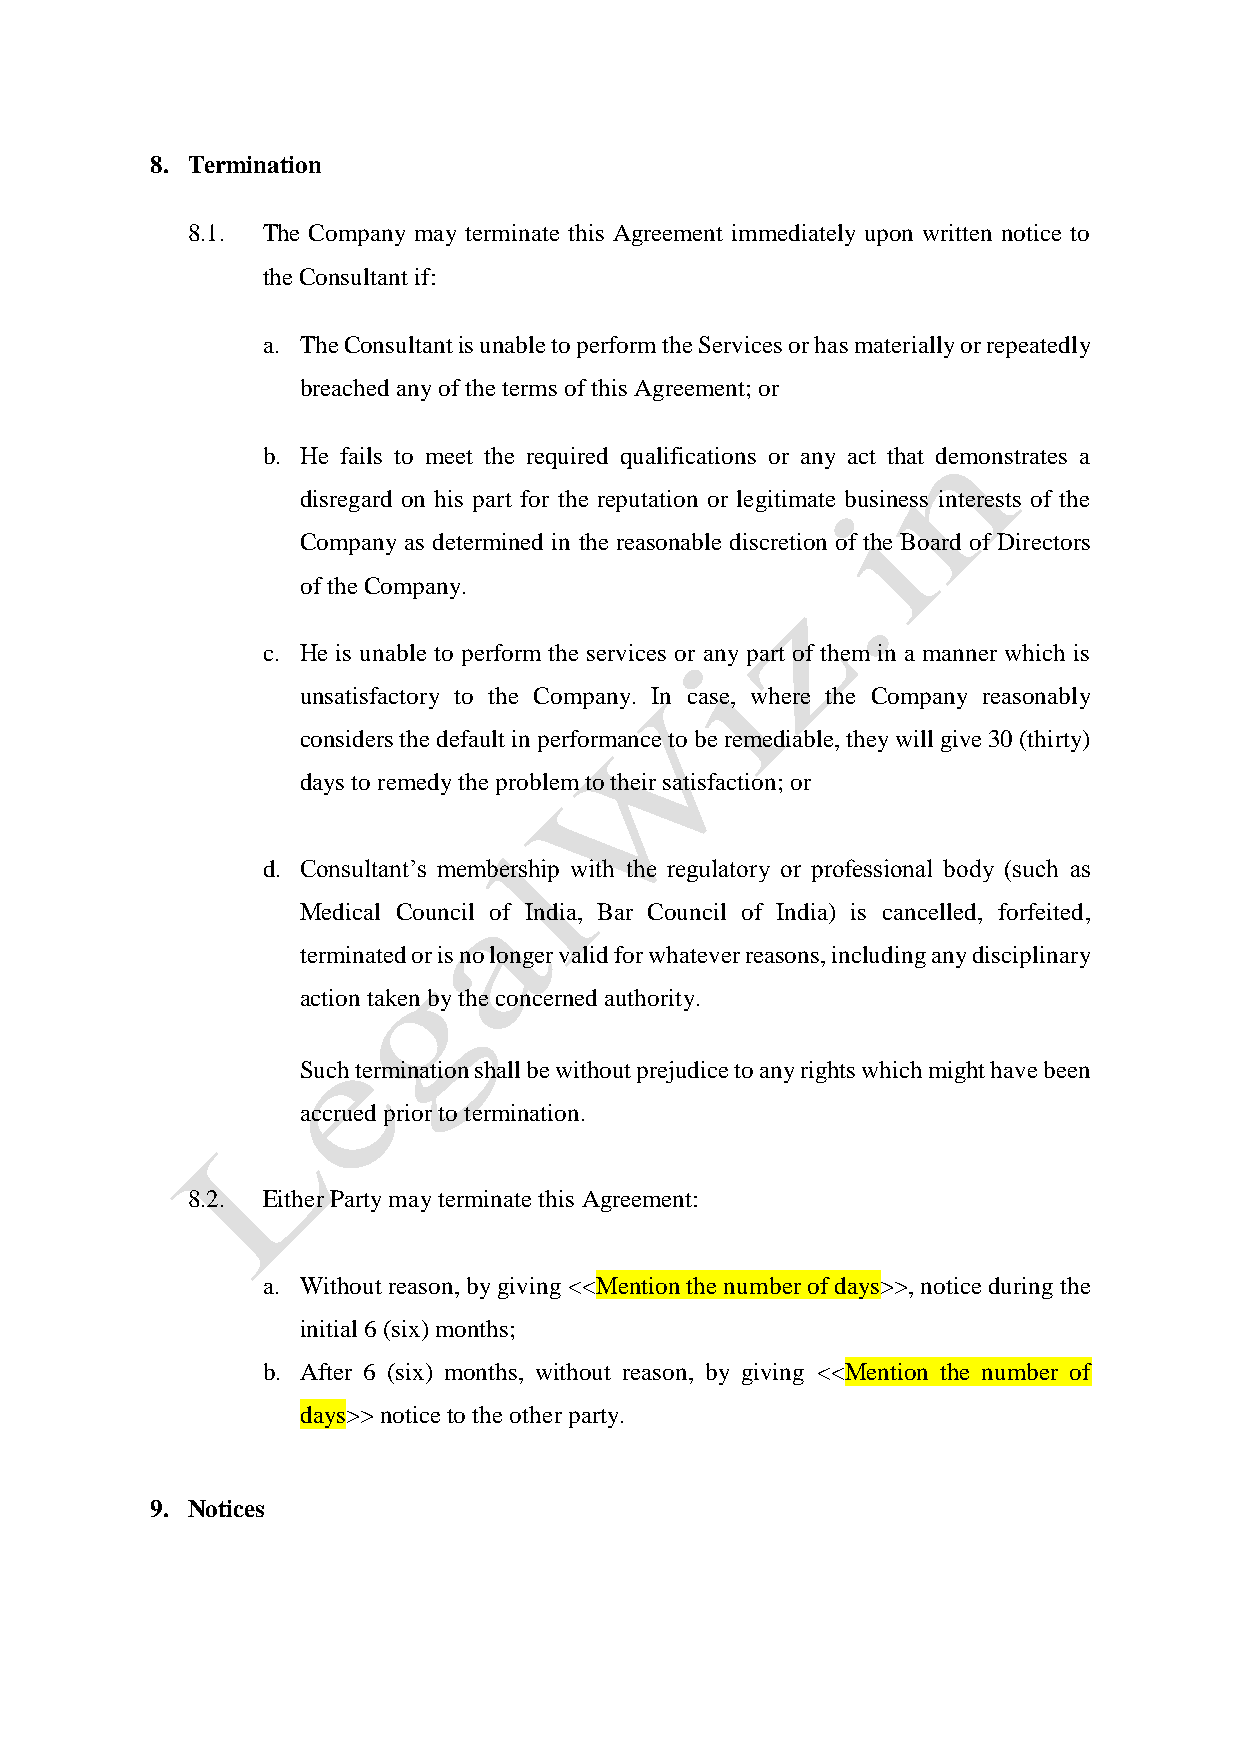
8. Termination
 8.1. The Company may terminate this Agreement immediately upon written notice to
 the Consultant if:
 a. The Consultant is unable to perform the Services or has materially or repeatedly
 breached any of the terms of this Agreement; or
 b. He fails to meet the required qualifications or any act that demonstrates a
 disregard on his part for the reputation or legitimate business interests of the
 Company as determined in the reasonable discretion of the Board of Directors
 of the Company.
 c. He is unable to perform the services or any part of them in a manner which is
 unsatisfactory to the Company. In case, where the Company reasonably
 considers the default in performance to be remediable, they will give 30 (thirty)
 days to remedy the problem to their satisfaction; or
 d. Consultant’s membership with the regulatory or professional body (such as
 Medical Council of India, Bar Council of India) is cancelled, forfeited,
 terminated or is no longer valid for whatever reasons, including any disciplinary
 action taken by the concerned authority.
 Such termination shall be without prejudice to any rights which might have been
 accrued prior to termination.
 8.2. Either Party may terminate this Agreement:
 a. Without reason, by giving <<Mention the number of days>>, notice during the
 initial 6 (six) months;
 b. After 6 (six) months, without reason, by giving <<Mention the number of
 days>> notice to the other party.
 9. Notices